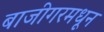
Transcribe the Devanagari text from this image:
बाजीगरमधून